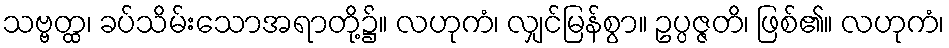
သဗ္ဗတ္ထ၊ ခပ်သိမ်းသောအရာတို့၌။ လဟုကံ၊ လျှင်မြန်စွာ။ ဥပ္ပဇ္ဇတိ၊ ဖြစ်၏။ လဟုကံ၊